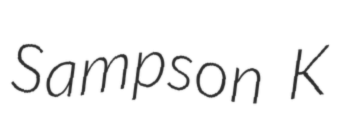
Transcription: Sampson K